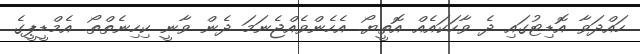
ހައްދަވާ އޮޑިޓުގައި ދެ ވާހަކައެއް އޮތީޔޯ. އެހެންވެއްޖެނަމަ ދެން ވާނީ ކިހިނެތްތޯ. އެމްޑީޕީގެ